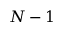
N - 1